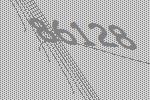
86128